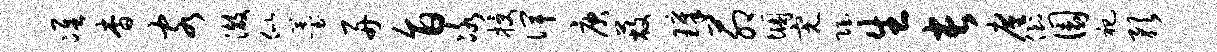
准杳客澈似薹舟旨冰授俾庚蔽璋茆悃完隐生长廑倒圜祀预